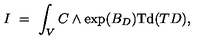
I \ = \ \int _ { V } C \wedge \exp ( B _ { D } ) \mathrm { T d } ( T D ) ,